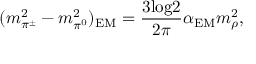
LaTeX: ( m _ { \pi ^ { \pm } } ^ { 2 } - m _ { \pi ^ { 0 } } ^ { 2 } ) _ { \mathrm { E M } } = \frac { 3 \mathrm { l o g } 2 } { 2 \pi } \alpha _ { \mathrm { E M } } m _ { \rho } ^ { 2 } ,